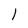
Character: O